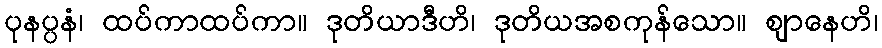
ပုနပ္ပနံ၊ ထပ်ကာထပ်ကာ။ ဒုတိယာဒီဟိ၊ ဒုတိယအစကုန်သော။ ဈာနေဟိ၊